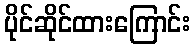
ပိုင်ဆိုင်ထားကြောင်း